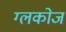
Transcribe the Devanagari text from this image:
ग्लकोज